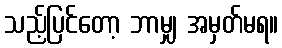
သည့်ပြင်တော့ ဘာမျှ အမှတ်မရ။